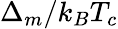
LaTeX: \Delta_{m}/k_{B}T_{c}